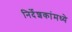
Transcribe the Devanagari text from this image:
निर्देशकांमध्ये